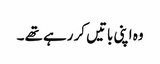
وہ اپنی باتیں کر رہے تھے ۔